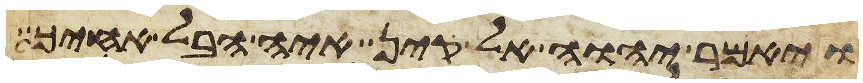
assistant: ויאמר יהוה אל קין איה הבל אחיך